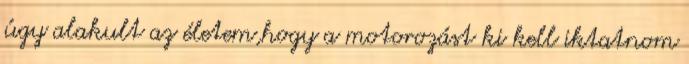
úgy alakult az életem,hogy a motorozást ki kell iktatnom